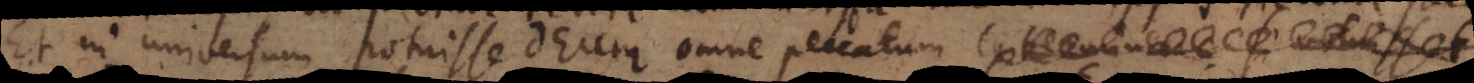
Et in universum potuisset Deus omne peccatum exterminare